Report on plague in the Punjab from October 1st ... to September 30th ..., being the ... season of plague in the province
Disease focus: Plague
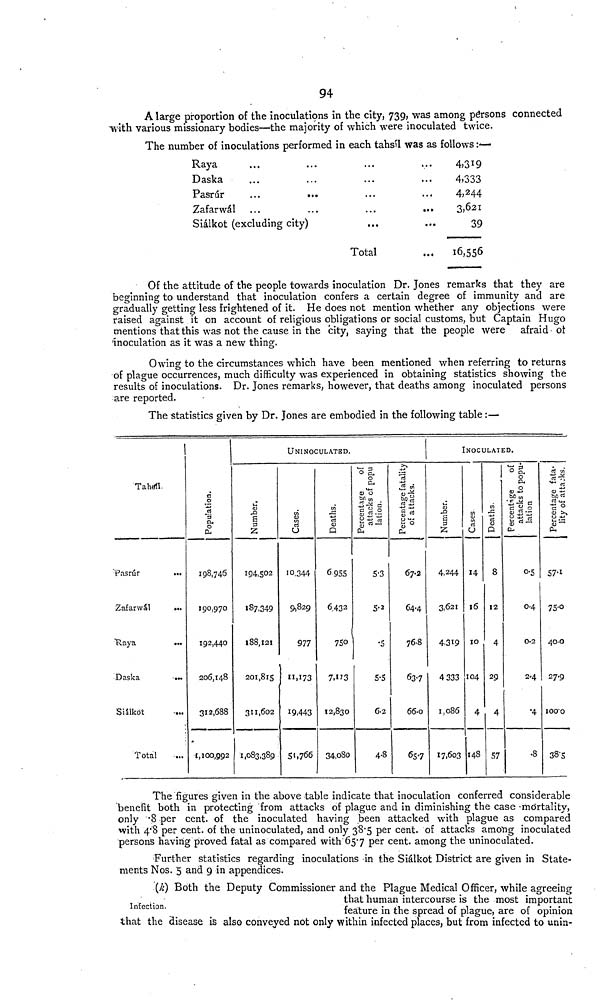
94
A large proportion of the inoculations in the city, 739, was among persons connected
ftíth various missionary bodies—the majority of which were inoculated twice.
The number of inoculations performed in each tahsil was as follows :—
Raya
Daska
Pasrúr
...
...
Zafarwál
Siálkot (excluding city)
...
...
...
...
Total
4)319
4,333
4,244
3,621
39
16,556
Of the attitude of the people towards inoculation Dr. Jones remarks that they are
beginning to understand that inoculation confers a certain degree of immunity and are
gradually getting less frightened of it. He does not mention whether any objections were
raised against it on account of religious obligations or social customs, but Captain Hugo
mentions that this was not the cause in the city, saying that the people were afraid ot
inoculation as it was a new thing.
Owing to the circumstances which have been mentioned when referring to returns
of plague occurrences, much difficulty was experienced in obtaining statistics showing the
results of inoculations. Dr. Jones remarks, however, that deaths among inoculated persons
are reported.
The statistics given by Dr. Jones are embodied in the following table :—
1
Tahsll.
"Pasrúr
Zafarwâl
...
Raya
...
Daska
...
Siâlkot
Total
198,746
190,970
192,440
206,148
312,688
1, 100,992
UNINOCULATSD.
Number
194,502
187,349
188,121
201,815
311,602
1,083,389
Cases.
1 0.344
9,829
977
11,173
19,443
51,766
Deaths.
6 95S
6.432
750
7, 113
12,830
34,080
Percentage
attacks of population.
5.3
5.2
•5
5.5
6.2
4.8
percentage of attacks of popu
67.2
64.4
76.8
63.7
66.0
65.7
Number.
4,244
3,621
4.319
4 333
1,086
17,603
INOCULATED.
Cases.
14
16
10
104
4
148
Deaths.
8
12
4
29
4
57
percentnge of attacks to population.
0.5
04
0.2
2.4
.4
•8
percentage fatalit
57.1
75.0
400
27.9
100.0
38'5
The figures given in the above table indicate that inoculation conferred considerable
benefit both in protecting from attacks of plague and in diminishing the case .mo'rtality,
only .8 per cent, of the inoculated having been attacked with plague as compared
with 4.8 per cent, of the uninoculated, and only 38.5 per cent, of attacks among inoculated
persons having proved fatal as compared with 657 per cent. among the uninoculated.
Further statistics regarding inoculations in the Siálkot District are given in State-
ments Nos. 5 and 9 in appendices.
Infection.
(k) Both the Deputy Commissioner and the Plague Medical Officer, while agreeing
that human intercourse is the most important
feature in the spread of plague, are of opinion
that the disease is also conveyed not only within infected places, but from infected to unin-